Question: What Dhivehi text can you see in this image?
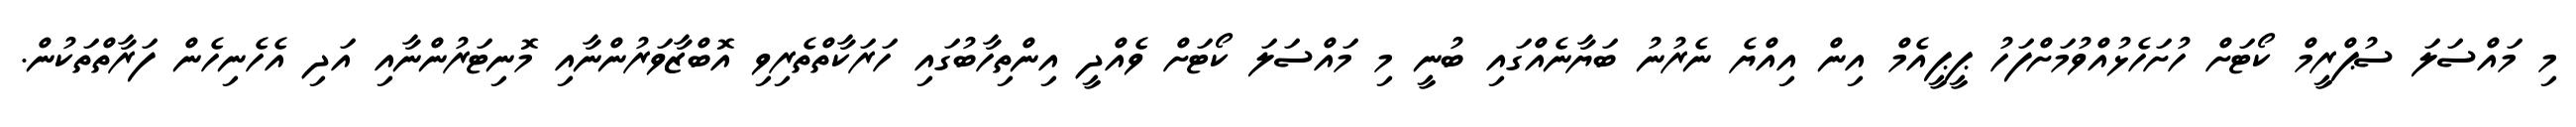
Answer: މި މައްސަލަ ސުޕްރީމް ކޯޓަށް ހުށަހެޅުއްވުމަށްފަހު ޕީޕީއެމް އިން އިއްޔެ ނެރުނު ބަޔާނެއްގައި ބުނީ މި މައްސަލަ ކޯޓަށް ވެއްދީ އިންތިހާބުގައި ހަރަކާތްތެރިވި އޮބްޒާވަރުންނާއި މޮނިޓަރުންނާއި އަދި އެހެނިހެން ފަރާތްތަކުން.